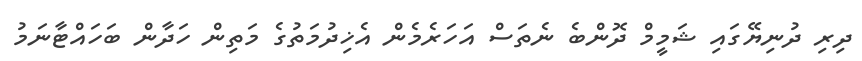
ދިރި ދުނިޔޭގައި ޝަމީމް ދޮންބެ ނެތަސް އަހަރެމެން އެޚިދުމަތުގެ މަތިން ހަދާން ބަހައްޓާނަމު